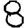
Digit: 8